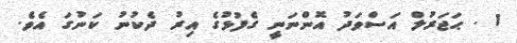
1 . ޙަޖަރުލް އަސްވަދު އޮންނަނީ ގެފުޅުގެ އިރު ދެކުނު ކަނުގަ އެވެ.